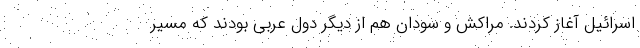
اسرائیل آغاز کردند. مراکش و سودان هم از دیگر دول عربی بودند که مسیر